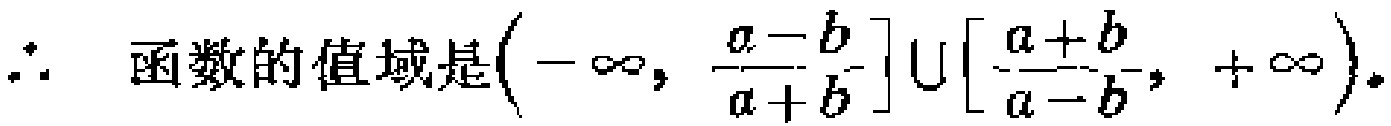
\(\therefore \text{ 函数的值域是}\left(-\infty,\frac{a - b}{a + b}\right]\cup\left[\frac{a + b}{a - b},+\infty\right).\)